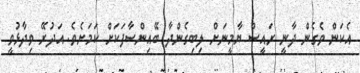
އެކަން ވެގެން ދާނީ ރައީސް ޔާމީނަށް ލިބިގެންދާ ބޭއިންސާފަކަށް ކަމަށެވެ. އަދުރޭ ވިދާޅުވީ